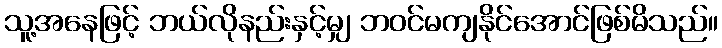
သူ့အနေဖြင့် ဘယ်လိုနည်းနှင့်မျှ ဘဝင်မကျနိုင်အောင်ဖြစ်မိသည်။